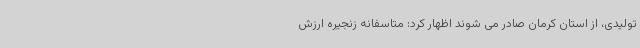
تولیدی، از استان کرمان صادر می شوند اظهار کرد: متاسفانه زنجیره ارزش